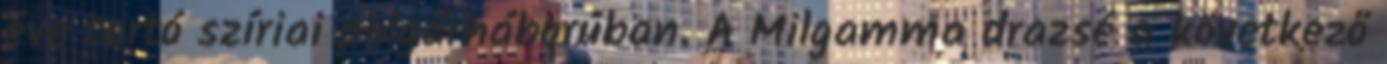
éve tartó szíriai polgárháborúban. A Milgamma drazsé a következő